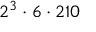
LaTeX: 2 ^ { 3 } \cdot 6 \cdot 2 1 0